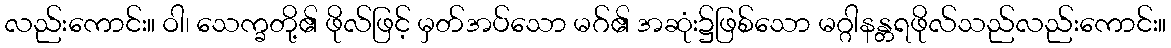
လည်းကောင်း။ ဝါ၊ သေက္ခတို့၏ ဖိုလ်ဖြင့် မှတ်အပ်သော မဂ်၏ အဆုံး၌ဖြစ်သော မဂ္ဂါနန္တရဖိုလ်သည်လည်းကောင်း။